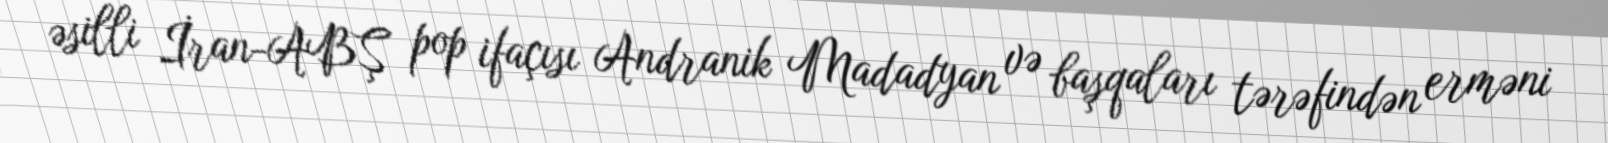
əsilli İran-ABŞ pop ifaçısı Andranik Madadyan və başqaları tərəfindən erməni